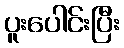
ပူးပေါင်းပြီး